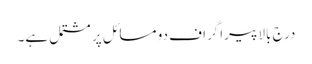
درج بالا پیراگراف دو مسائل پر مشتمل ہے۔